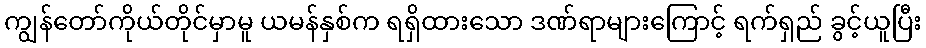
ကျွန်တော်ကိုယ်တိုင်မှာမူ ယမန်နှစ်က ရရှိထားသော ဒဏ်ရာများကြောင့် ရက်ရှည် ခွင့်ယူပြီး